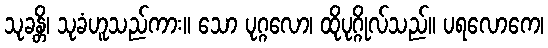
သုခန္တိ၊ သုခံဟူသည်ကား။ သော ပုဂ္ဂလော၊ ထိုပုဂ္ဂိုလ်သည်။ ပရလောကေ၊